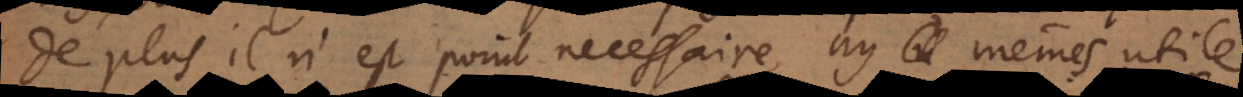
De plus il n’est point necessaire, ny mêmes util